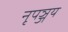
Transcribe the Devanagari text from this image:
नृपञ्जय